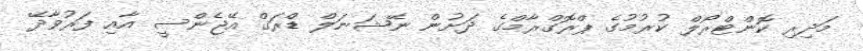
މަދިރި ކޮންޓްރޯލް ކުރުމުގެ ޕްރޮގްރާމްގެ ދަށުން ނޭޝަނަލް ޑްރަގް އޭޖެންސީ އާއި ފަރުވާދޭ